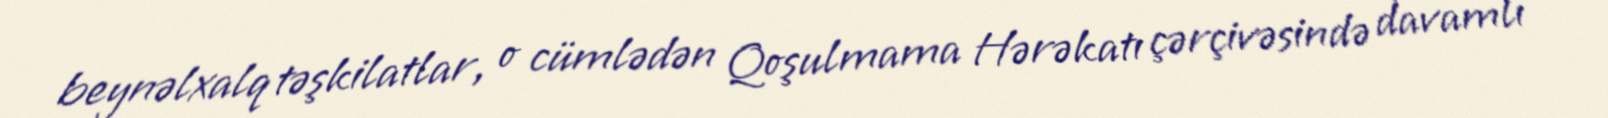
beynəlxalq təşkilatlar, o cümlədən Qoşulmama Hərəkatı çərçivəsində davamlı